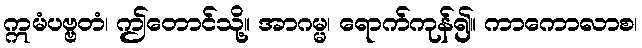
ဣမံပဗ္ဗတံ၊ ဤတောင်သို့။ အာဂမ္မ၊ ရောက်ကုန်၍။ ကာကောလာစ၊